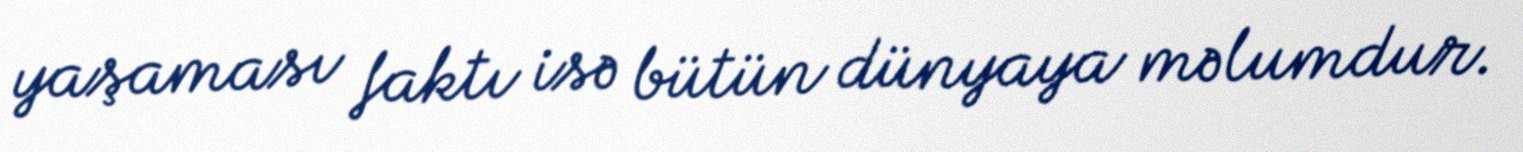
yaşaması faktı isə bütün dünyaya məlumdur.